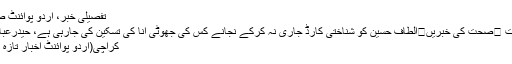
تفصیلی خبر، اُردو پوائنٹ صحت
صحت ⬅صحت کی خبریں⬅الطاف حسین کو شناختی کارڈ جاری نہ کرکے نجانے کس کی جھوٹی انا کی تسکین کی جارہی ہے، حیدرعباس ..
کراچی(اُردو پوائنٹ اخبار تازہ ترین۔